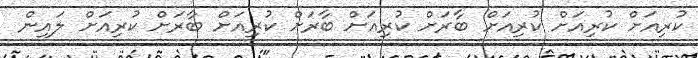
ކުރިއަށް ކުރިއަށް ކުރިއަށް ބާރަށް ކުރިއަށް ބާރަށް ކުރިއަށް ބާރަށް ކުރިއަށް ލައިން